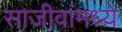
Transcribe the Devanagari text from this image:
साजीवांमध्ये